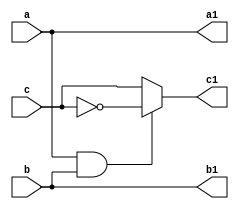
module toffoli(a,b,c,a1,b1,c1);
input a,b,c;
output reg a1,b1,c1;
always @ (*)
begin
	if(a==1 && b==1)
	begin
            a1 <= a;
	    b1 <= b;
	    c1 <= ~c;
	end
	else
	begin
		a1 <= a;
		b1 <= b;
		c1 <= c;
	end
end
endmodule